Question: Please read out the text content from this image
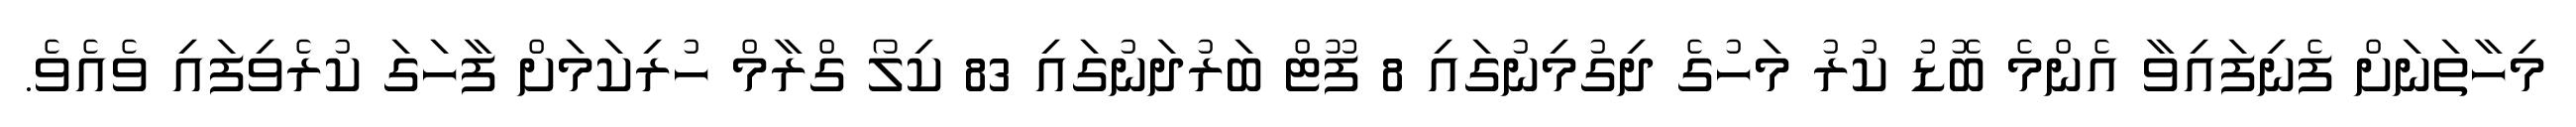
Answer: މިހާތަނަށް ފެނިފައިވާ އެންމެ ބޮޑު ކުރު މަހުގެ ދިގުމިނުގައި 8 ފޫޓް ބަރުދަނުގައި 83 ކިލޯ ގްރާމް ހުރިކަމަށް ފާހަގަ ކުރެވިފައި ވެއެވެ.